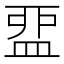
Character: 𥁶